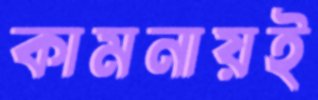
কামনায়ই